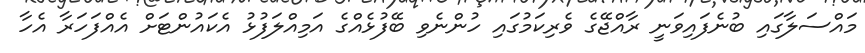
މައްސަލާގައި ބުނެފައިވަނީ ރާއްޖޭގެ ވެރިކަމުގައި ހުންނެވި ބޭފުޅެއްގެ އަމިއްލަފުޅު އެކައުންޓަށް އެއްފަހަރާ އެހާ